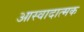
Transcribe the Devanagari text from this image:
आस्वादात्मक